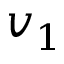
v _ { 1 }